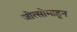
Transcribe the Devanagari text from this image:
जोत्सोमाहून